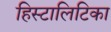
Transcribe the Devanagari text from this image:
हिस्टालिटिका